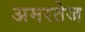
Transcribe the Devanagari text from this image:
अमरतेज